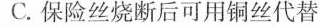
C.保险丝烧断后可用铜丝代替